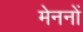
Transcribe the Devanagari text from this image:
मेननों